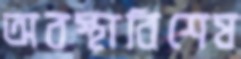
অবস্থাবিশেষ